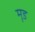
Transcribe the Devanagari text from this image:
मृड